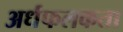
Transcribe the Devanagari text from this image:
अर्धफलकता